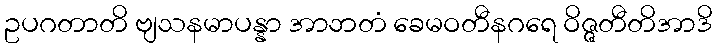
ဥပဂတာတိ ဗျသနမာပန္နာ အာဘတံ ခေမဝတီနဂရေ ဝိဇ္ဇတီတိအာဒိ